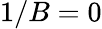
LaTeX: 1/B=0